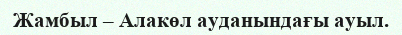
Жамбыл – Алакөл ауданындағы ауыл.